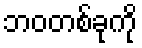
ဘဝတစ်ခုကို